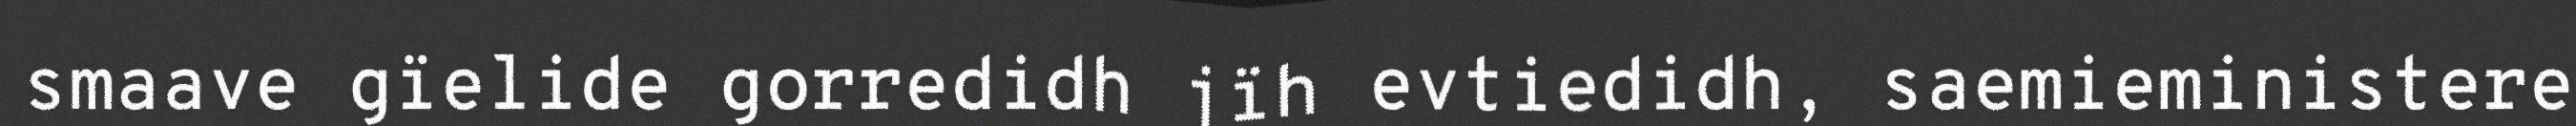
smaave gïelide gorredidh jïh evtiedidh, saemieministere